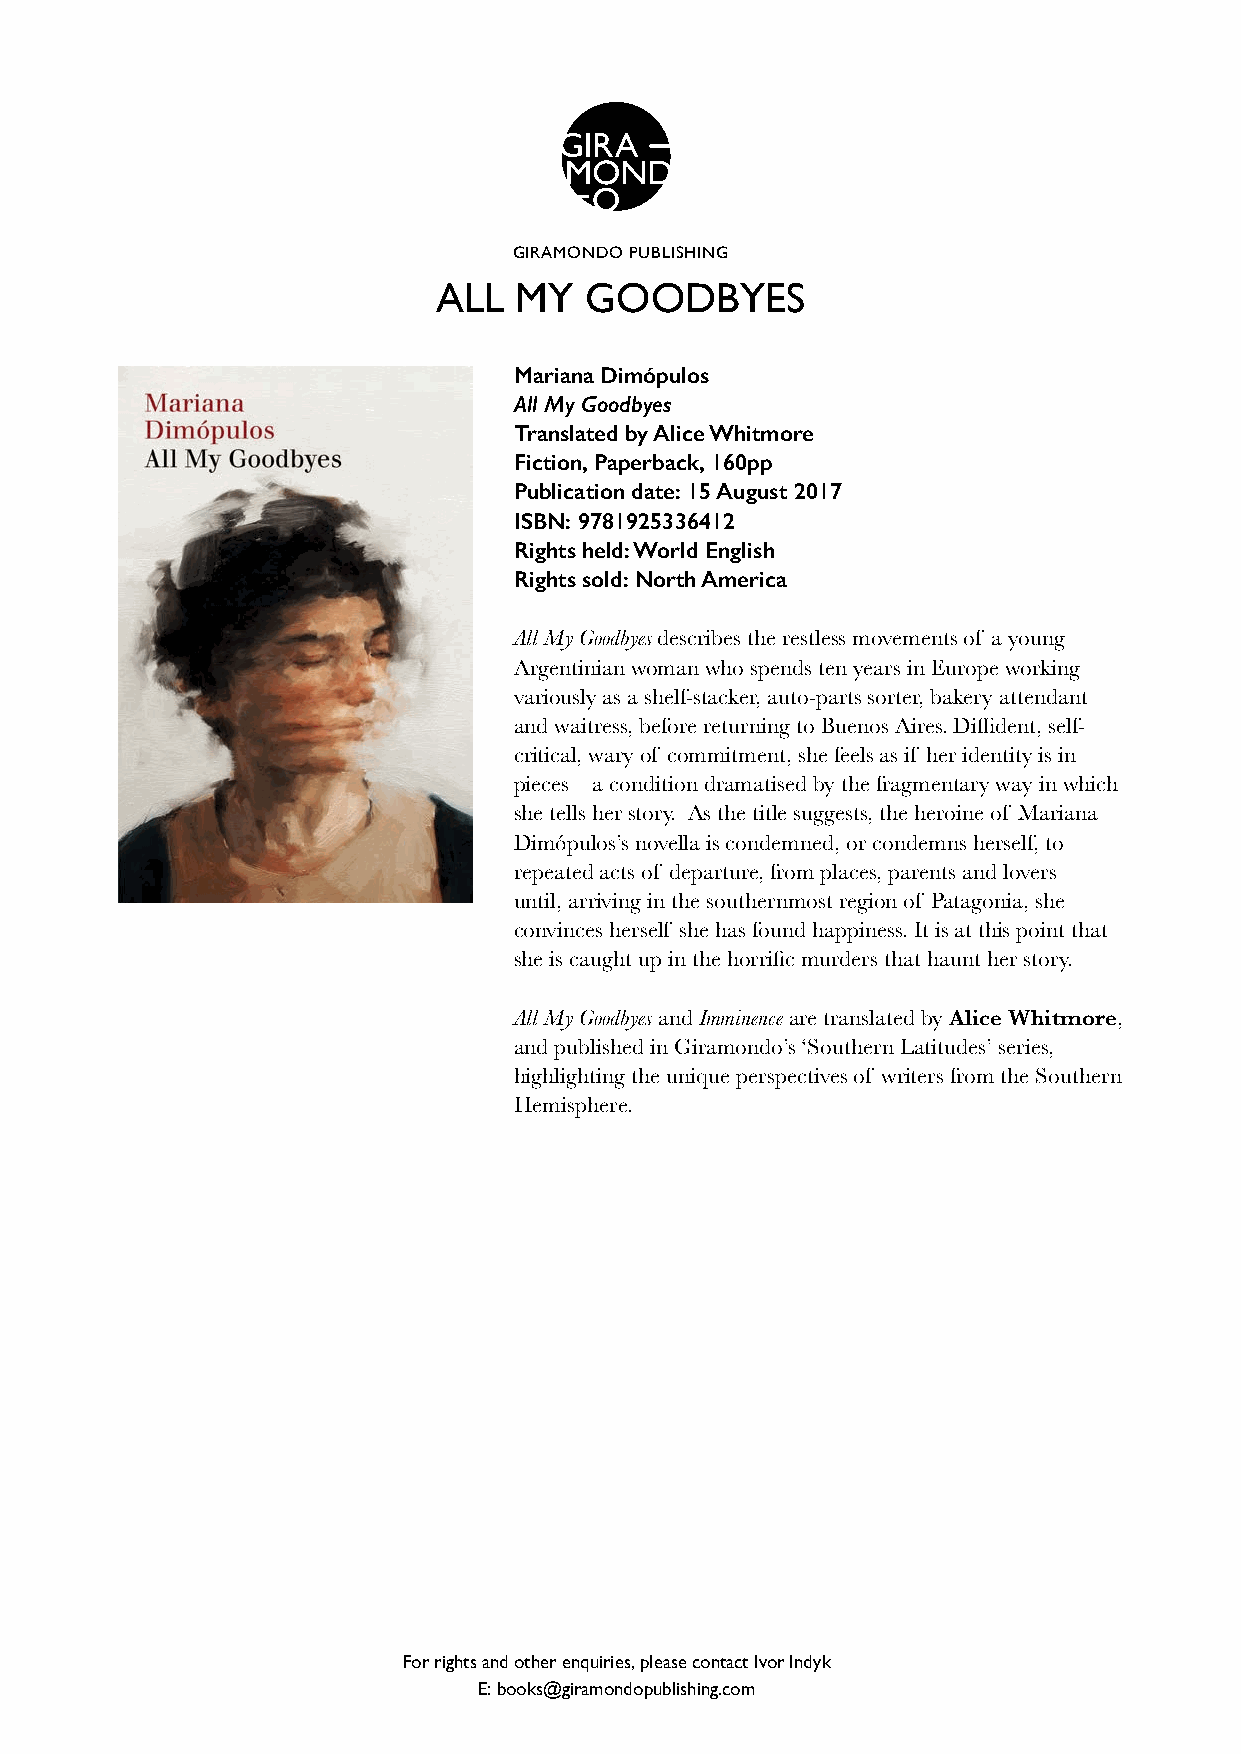
GIRAMONDO PUBLISHING
 ALL  MY   GOODBYES
 Mariana Dimópulos
 All My Goodbyes
 Translated by Alice Whitmore
 Fiction, Paperback, 160pp
 Publication date: 15 August 2017
 ISBN: 9781925336412
 Rights held: World English
 Rights sold: North America
 All My Goodbyes describes the restless movements of a young
 Argentinian woman who spends ten years in Europe working
 variously as a shelf-stacker, auto-parts sorter, bakery attendant
 and waitress, before returning to Buenos Aires. Diffident, self-
 critical, wary of commitment, she feels as if her identity is in
 pieces – a condition dramatised by the fragmentary way in which
 she tells her story. As the title suggests, the heroine of Mariana
 Dimópulos’s novella is condemned, or condemns herself, to
 repeated acts of departure, from places, parents and lovers –
 until, arriving in the southernmost region of Patagonia, she
 convinces herself she has found happiness. It is at this point that
 she is caught up in the horrific murders that haunt her story.
 All My Goodbyes and Imminence are translated by Alice Whitmore,
 and published in Giramondo’s ‘Southern Latitudes’ series,
 highlighting the unique perspectives of writers from the Southern
 Hemisphere.
 For rights and other enquiries, please contact Ivor Indyk
 E: books@giramondopublishing.com